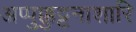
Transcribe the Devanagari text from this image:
अप्पुक्कुट्टनाशारि